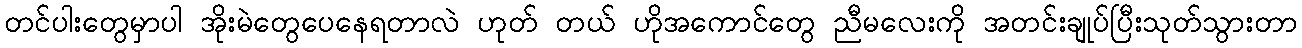
တင်ပါးတွေမှာပါ အိုးမဲတွေပေနေရတာလဲ ဟုတ် တယ် ဟိုအကောင်တွေ ညီမလေးကို အတင်းချုပ်ပြီးသုတ်သွားတာ